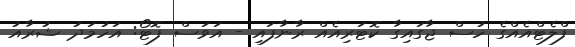
ފްލެޓްއެއްގެ ހުސް ޖާގައިގާ ކޮޓަރިއެއް ރާނާފައި - އަވަސް ފޮޓޯ: އަހުމަދު ޝުރާއު